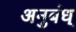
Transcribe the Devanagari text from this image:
अनुबंध्